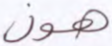
هون